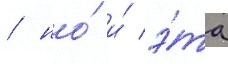
/ но́ и́ э́та